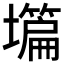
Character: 𡒺